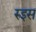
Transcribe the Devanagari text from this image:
रुइस